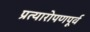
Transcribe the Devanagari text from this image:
प्रत्यारोपणपूर्व